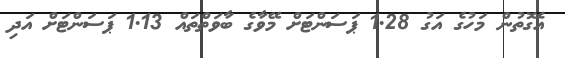
އެގޮތުން މަހުގެ އަގު 1.28 ޕަސަންޓަށް މޭވާގެ ބާވަތްތައް 1.13 ޕަސަންޓަށް އަދި